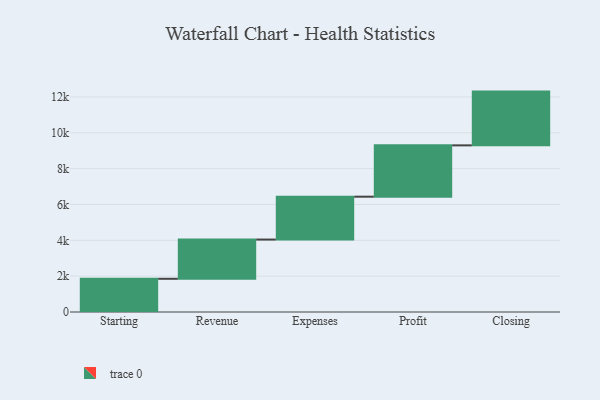
{"axis": {"x": "Step", "y": "Value"}, "legend": [""], "data": [{"x": "Starting", "y": 1853.0, "type": ""}, {"x": "Revenue", "y": 2189.0, "type": ""}, {"x": "Expenses", "y": 2392.0, "type": ""}, {"x": "Profit", "y": 2864.0, "type": ""}, {"x": "Closing", "y": 3000, "type": ""}]}